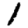
Digit: 1